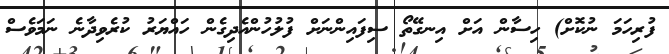
ފުރިހަމަ ނުކޮށް) ހިސާން އަށް އިނގޭތޯ ސިފައިންނަށް ފުލުހުންއެދިގެން ހައްޔަރު ކުރެވިދާނެ ނަމަވެސް